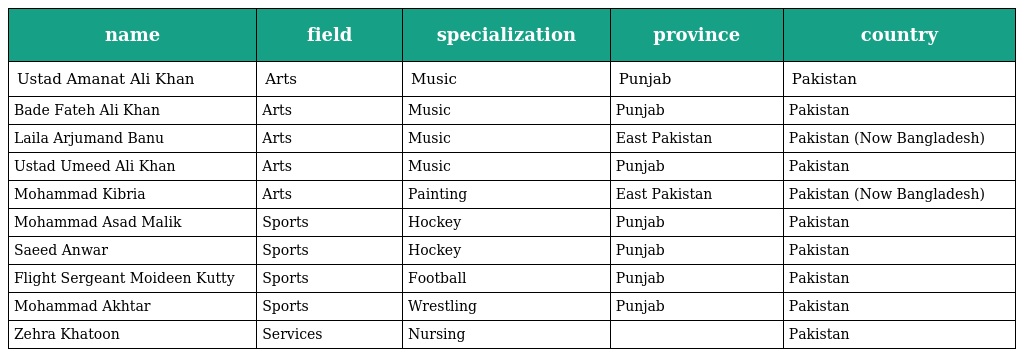
| name | field | specialization | province | country |
 | --- | --- | --- | --- | --- |
 | Ustad Amanat Ali Khan | Arts | Music | Punjab | Pakistan |
 | Bade Fateh Ali Khan | Arts | Music | Punjab | Pakistan |
 | Laila Arjumand Banu | Arts | Music | East Pakistan | Pakistan (Now Bangladesh) |
 | Ustad Umeed Ali Khan | Arts | Music | Punjab | Pakistan |
 | Mohammad Kibria | Arts | Painting | East Pakistan | Pakistan (Now Bangladesh) |
 | Mohammad Asad Malik | Sports | Hockey | Punjab | Pakistan |
 | Saeed Anwar | Sports | Hockey | Punjab | Pakistan |
 | Flight Sergeant Moideen Kutty | Sports | Football | Punjab | Pakistan |
 | Mohammad Akhtar | Sports | Wrestling | Punjab | Pakistan |
 | Zehra Khatoon | Services | Nursing |  | Pakistan |